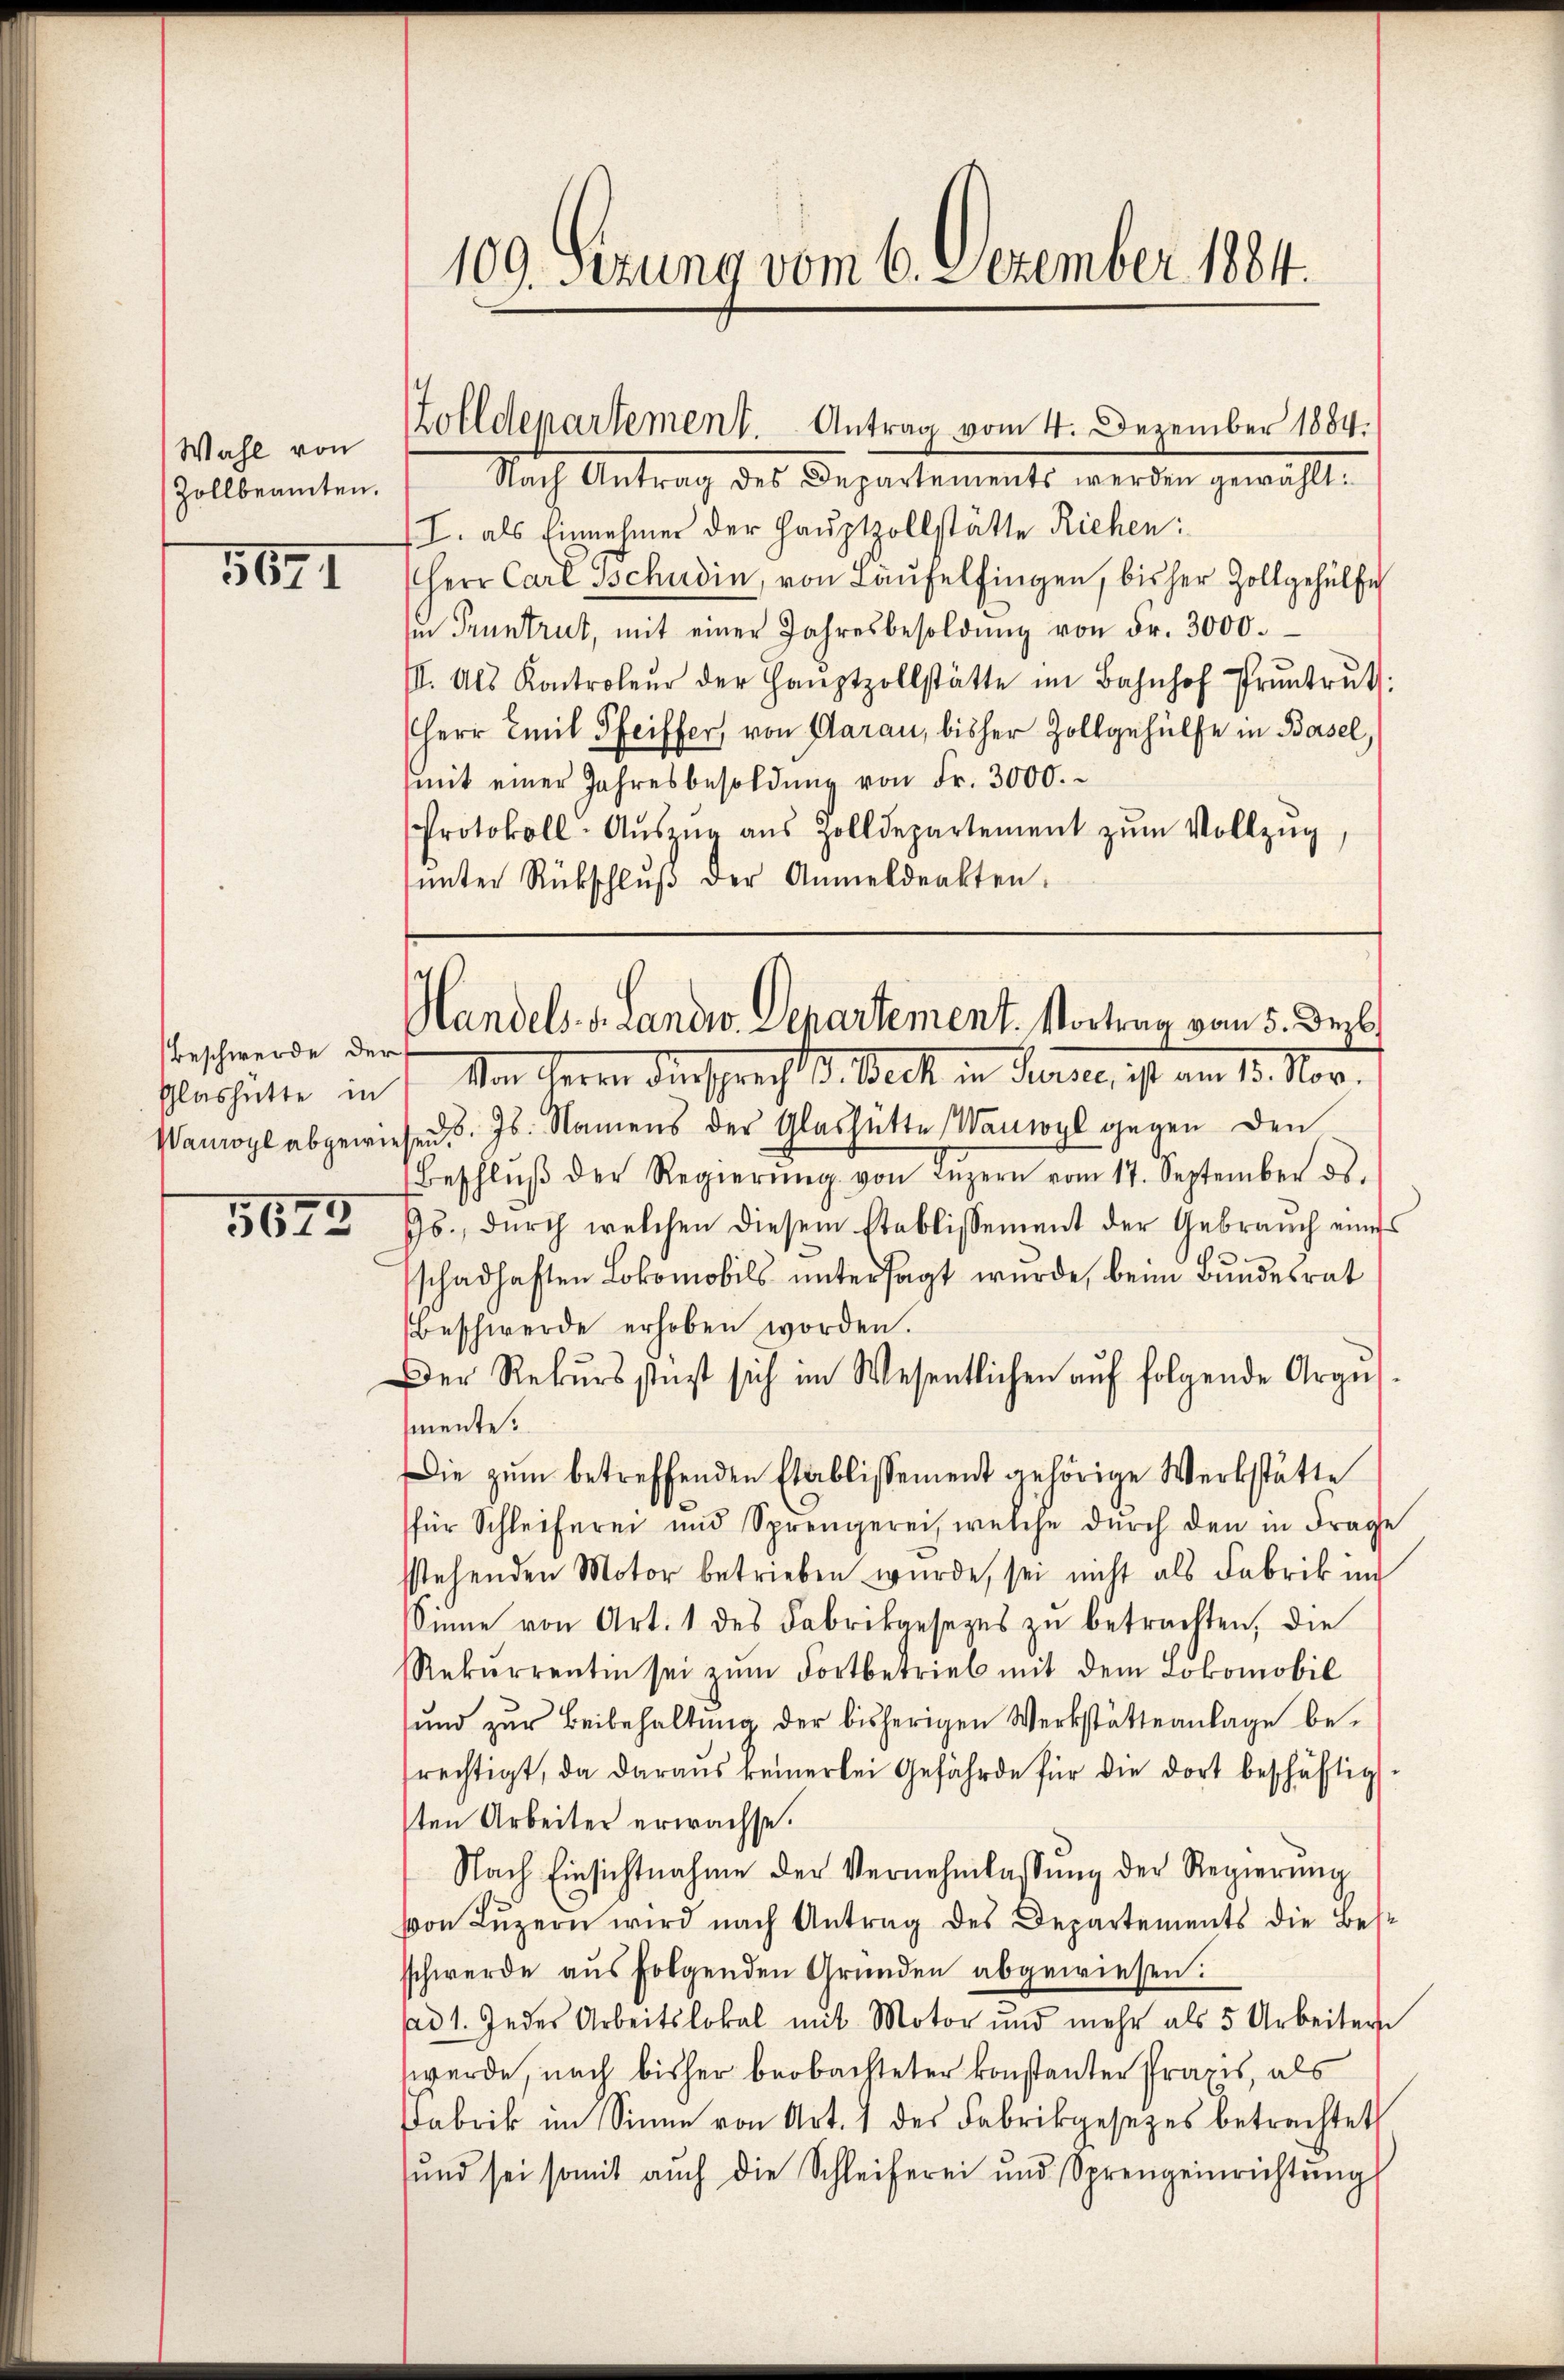
Wahl von
Zollbeamten.

561

5673

109. Sezung vom 6. Dezember 1884.

Beschwerde der

Zolldepartement. Antrag vom 4. Dezember 1884.

Nach Antrag des Departements werden gewählt:
I. als Einnehmer der Hauptzollstätte Richen:
Herr Carl Tschudin, von Laufelfingen, bisher Zollgehülfe
z Pruntrut, mit einer Jahresbesoldŭng von Fr. 3000.
I. Als Kontroleŭr der Haŭptzollstätte im Bahnhof Pruntrŭt:
Herr Emil Pfeiffer, von Aarau, bisher Zollgehülfe in Basel,
mit einer Jahresbesoldŭng von Fr. 3000.
Protokoll-Aŭszŭg aŭs Zolldepartement zŭm Vollzŭg
ŭnter Rückschlŭβ der Anmeldeakten.

Handels. v. Landw. Departement. Vortrag vom 5. Dezb

Pashütte in / Von Herrn Dir sprecht V. Beck in Ferie, ist am 15. Nov.
Wanogl abgewiesen d. Js. Namens der Glashütte Wanwyl gegen den
Beschlŭβ der Regierŭng von Luzern vom 17. September ds.
Js., durch welchen diesem Stablissement der Gebrauch eines
schadhaften Lokomobils untersagt wurde, beim Bundesrat
Beschwerde erhoben worden.
Der Rekŭrsstigt sich im Wesentlichen aŭf folgende Argens-
mente:
ie zŭm betreffenden Etablissement gehörige Werkstätte
für Schleiferei und Sprengerei, welche dŭrch den in Frage
sstehenden Motor betrieben wurde, sei nicht als Fabrik im
sinne von Art. 1 des Fabrikgesezes zu betrachten, die
Rekŭrrentin sei zŭm Fortbetrieb mit dem Lokomobil
ŭnd zŭr Beibehaltŭng der bisherigen Werkstätteanlage be-
rechtigt, da daraus keinerlei Gefährde für die dort beschäftigt.
sten Arbeiter erwachse.
Nach Einsichtnahme der Vernehmlassŭng der Regierŭng
von Lŭzern wird nach Antrag des Departements die Best
schwerde aus folgenden Gründen abgewiesen:
sad 1. Jedes Arbeitslokal mit Motor und mehr als 5 Arbeitern
werde, nach bisher beobachteter konstanter Praxis, als
Fabrik im Sinne von Art. 1 des Fabrikgesezes betrachtet
ŭnd sei somit aŭch die Schleiferei und Sprengeinrichtŭng